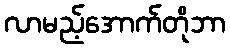
လာမည့်အောက်တိုဘာ